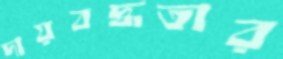
দায়বদ্ধতার